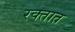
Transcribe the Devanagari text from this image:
रक्‍तात